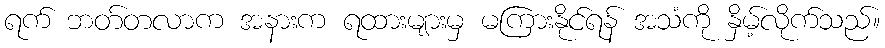
ရက် ဘတ်တလာက အနားက ရထားများမှ မကြားနိုင်ရန် အသံကို နှိမ့်လိုက်သည်။